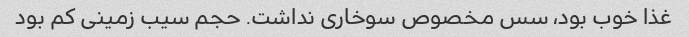
غذا خوب بود، سس مخصوص سوخاری نداشت. حجم سیب زمینی کم بود